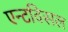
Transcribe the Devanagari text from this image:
एन्टविसल